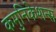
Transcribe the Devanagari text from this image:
कमुनिकेशन्स